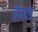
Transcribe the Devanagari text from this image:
वेजर